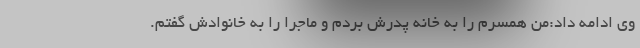
وی ادامه داد:من همسرم را به خانه پدرش بردم و ماجرا را به خانوادش گفتم.